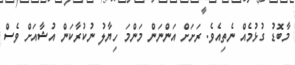
މާބޮޑު ގުޅުމެއް ނެތިއެވެ. ރަށަށް އަންނަން މަންމަ ހިޔާލު ނުކުރާކަން އުޝާއަށް ވެސް